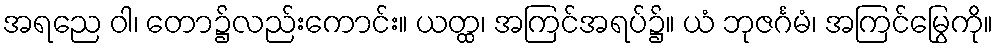
အရညေ ဝါ၊ တော၌လည်းကောင်း။ ယတ္ထ၊ အကြင်အရပ်၌။ ယံ ဘုဇင်္ဂမံ၊ အကြင်မြွေကို။